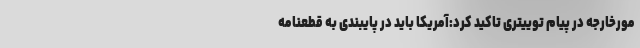
مورخارجه در پیام توییتری تاکید کرد:آمریکا باید در پایبندی به قطعنامه